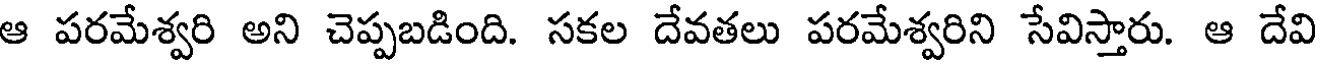
ఆ పరమేశ్వరి అని చెప్పబడింది. సకల దేవతలు పరమేశ్వరిని సేవిస్తారు. ఆ దేవి